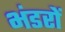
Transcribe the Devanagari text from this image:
भंडरों